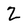
Character: 2